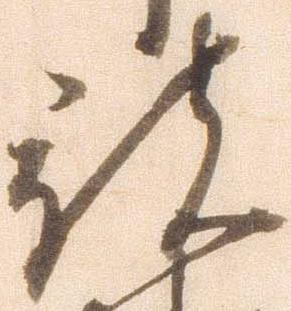
被